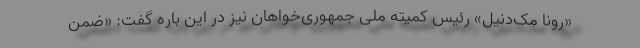
«رونا مک‌دنیل» رئیس کمیته ملی جمهوری‌خواهان نیز در این باره گفت: «ضمن